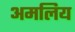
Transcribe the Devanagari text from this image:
अमलिय